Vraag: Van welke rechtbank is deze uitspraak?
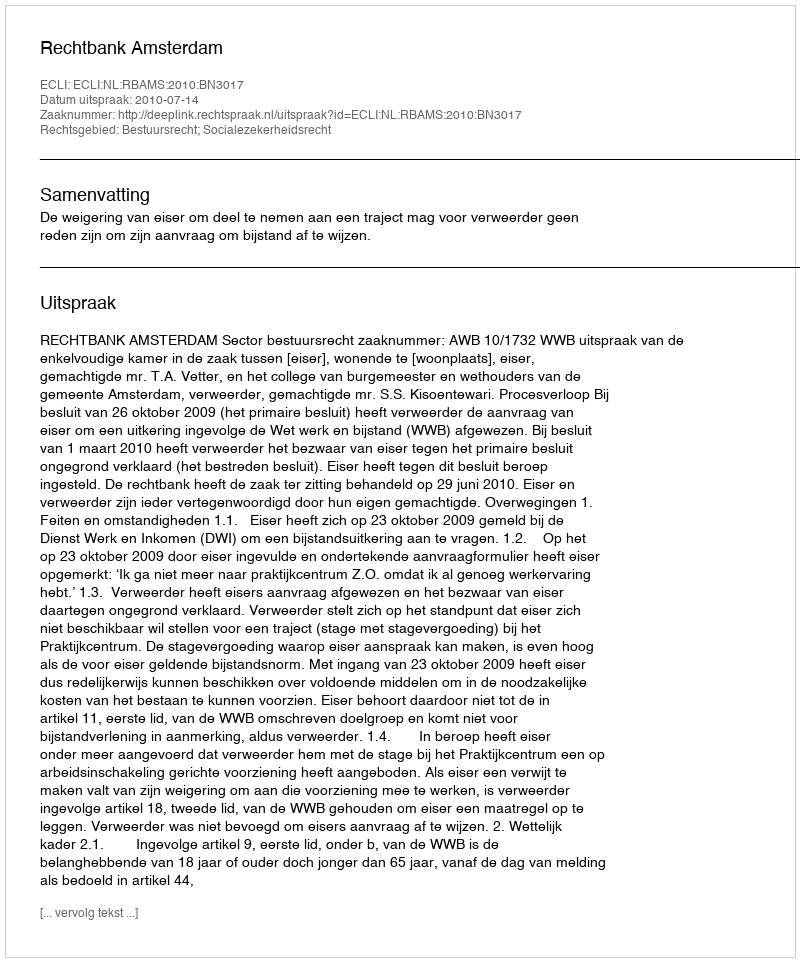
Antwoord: Rechtbank Amsterdam